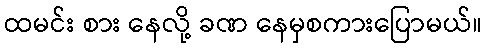
ထမင်း စား နေလို့ ခဏ နေမှစကားပြောမယ်။